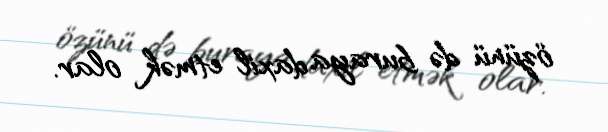
özünü də buraya daxil etmək olar.